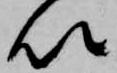
以